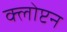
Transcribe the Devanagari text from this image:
क्लोप्टन